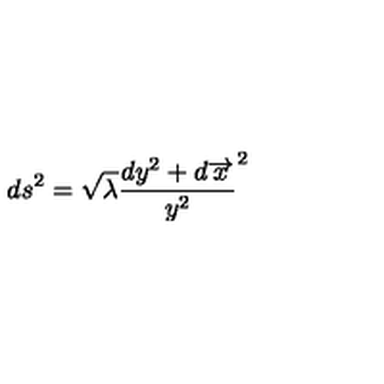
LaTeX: d s ^ { 2 } = \sqrt { \lambda } \frac { d y ^ { 2 } + d \overrightarrow { x } } { y ^ { 2 } } ^ { 2 }